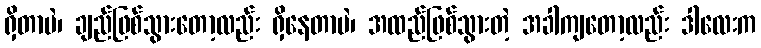
ရှိတာပဲ၊ ချည်ဖြစ်သွားတော့လည်း ရှိနေတာပဲ၊ အထည်ဖြစ်သွားတဲ့ အခါကျတော့လည်း ဒါလေးက